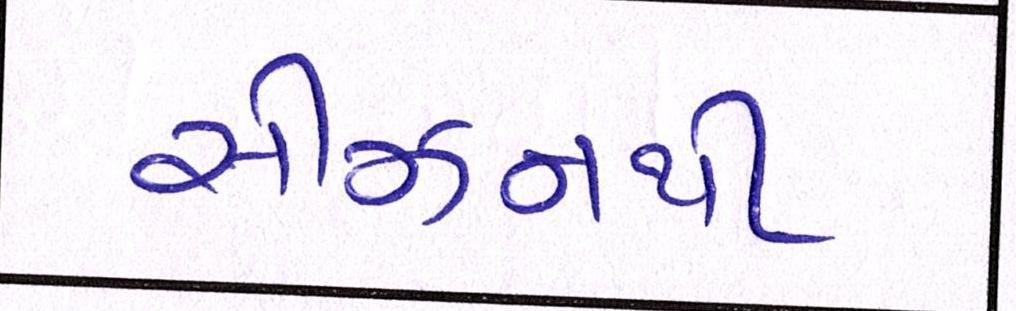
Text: સીઝનથી